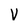
Character: V